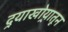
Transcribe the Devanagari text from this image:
दर्‍याखोर्‍यातून